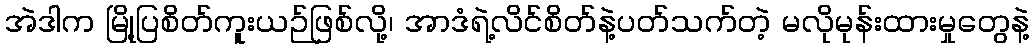
အဲဒါက မြို့ပြစိတ်ကူးယဉ်ဖြစ်လို့၊ အာဒံရဲ့လိင်စိတ်နဲ့ပတ်သက်တဲ့ မလိုမုန်းထားမှုတွေနဲ့